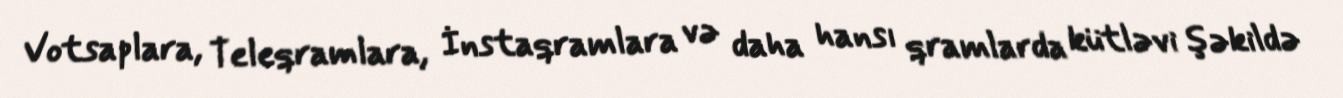
Votsaplara, Teleqramlara, İnstaqramlara və daha hansı qramlarda kütləvi şəkildə